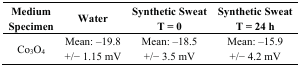
<table><thead><tr><td><b>Medium Specimen</b></td><td><b>Water</b></td><td><b>Synthetic Sweat T = 0</b></td><td><b>Synthetic Sweat T = 24 h</b></td></tr></thead><tbody><tr><td>Co<sub>3</sub>O<sub>4</sub></td><td>Mean: –19.8 +/− 1.15 mV</td><td>Mean: –18.5 +/− 3.5 mV</td><td>Mean: –15.9 +/− 4.2 mV</td></tr></tbody></table>